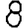
Digit: 8